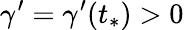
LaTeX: \gamma^{\prime}=\gamma^{\prime}(t_{*})>0